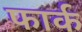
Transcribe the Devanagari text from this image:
फार्क